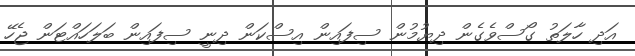
އަދި ހާލަތު ގޯސްވެގެން ދިޔުމުން ސިފައިން އިސްކަން ދިނީ ސިފައިން ބަލަހައްޓަން ޖެހޭ